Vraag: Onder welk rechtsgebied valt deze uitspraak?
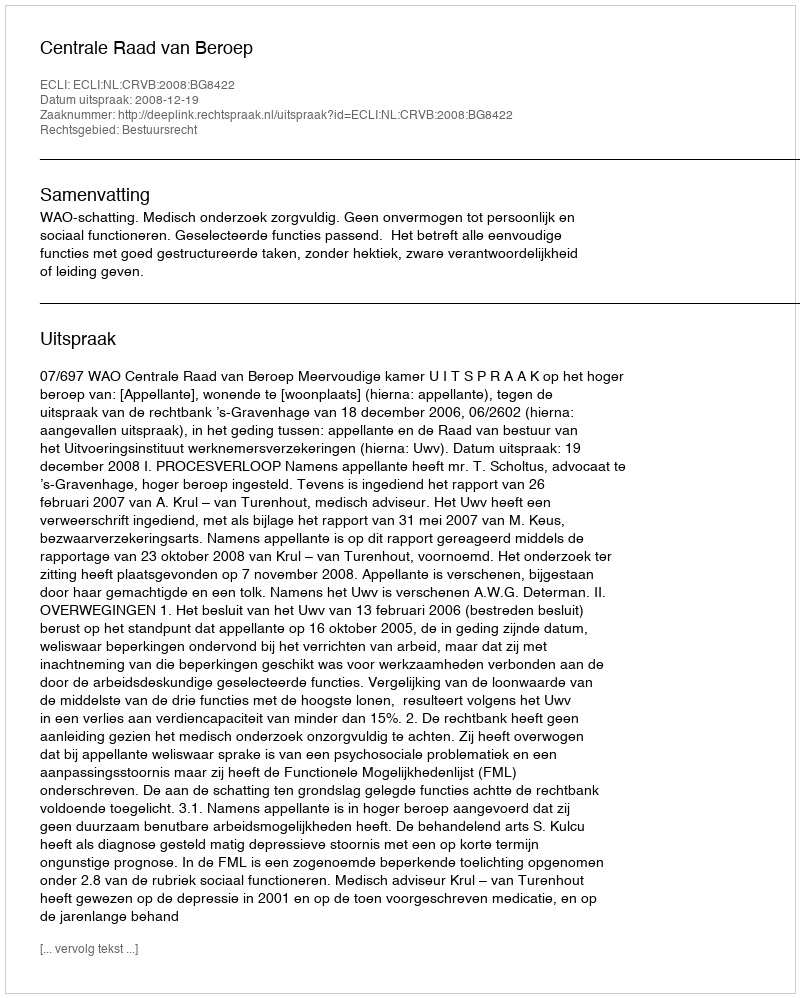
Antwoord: Bestuursrecht